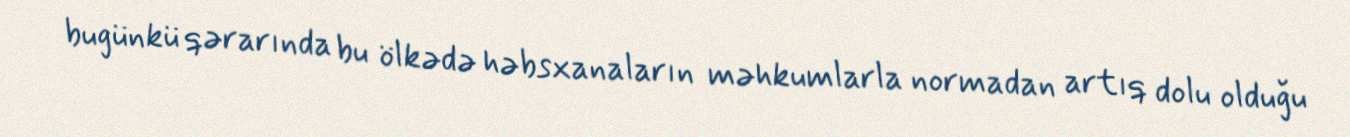
bugünkü qərarında bu ölkədə həbsxanaların məhkumlarla normadan artıq dolu olduğu